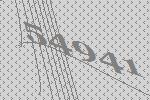
54941